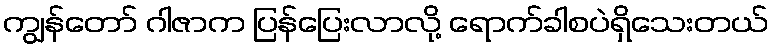
ကျွန်တော် ဂါဇာက ပြန်ပြေးလာလို့ ရောက်ခါစပဲရှိသေးတယ်